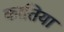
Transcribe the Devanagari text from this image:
कातिया